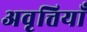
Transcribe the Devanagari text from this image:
अवृत्तियाँ